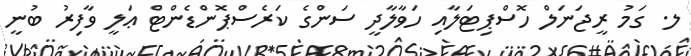
ލ. ގަމު ރީޖަނަލް ހޮސްޕިޓަލާއި ހަވާލާދީ ސަންގެ ކަރެސްޕޮންޑެންޓް ޢަލީ ވާފިރު ބުނީ